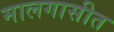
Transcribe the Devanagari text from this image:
मालगासीत